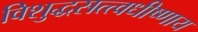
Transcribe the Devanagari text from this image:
विशुद्धसत्त्वधीष्णाय